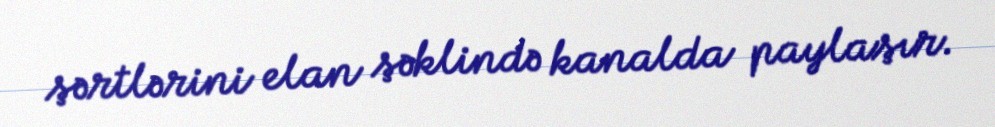
şərtlərini elan şəklində kanalda paylaşır.